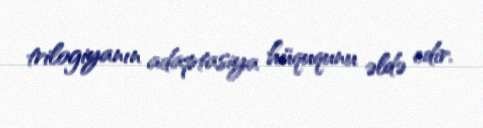
trilogiyanın adaptasiya hüququnu əldə edir.